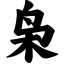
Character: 枭